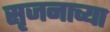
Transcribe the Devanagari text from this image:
सृजनाच्या